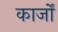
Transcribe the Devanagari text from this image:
कार्जों